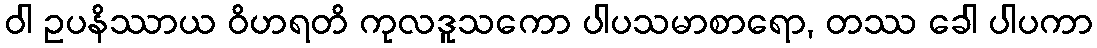
ဝါ ဥပနိဿာယ ဝိဟရတိ ကုလဒူသကော ပါပသမာစာရော, တဿ ခေါ ပါပကာ